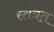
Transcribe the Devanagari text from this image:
स्‍तंत्रत